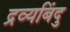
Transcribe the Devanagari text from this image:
द्रव्यबिंदु